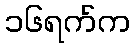
၁၆ရက်က